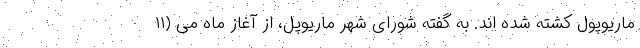
ماریوپول کشته شده اند. به گفته شورای شهر ماریوپل، از آغاز ماه می (۱۱